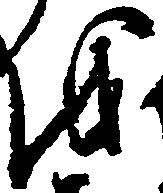
を